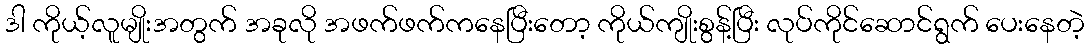
ဒါ ကိုယ့်လူမျိုးအတွက် အခုလို အဖက်ဖက်ကနေပြီးတော့ ကိုယ်ကျိုးစွန့်ပြီး လုပ်ကိုင်ဆောင်ရွက် ပေးနေတဲ့